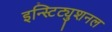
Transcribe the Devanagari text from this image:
इन्स्टिट्युशनल